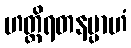
ဟတ္ထိရတနမ္ပာဟံ